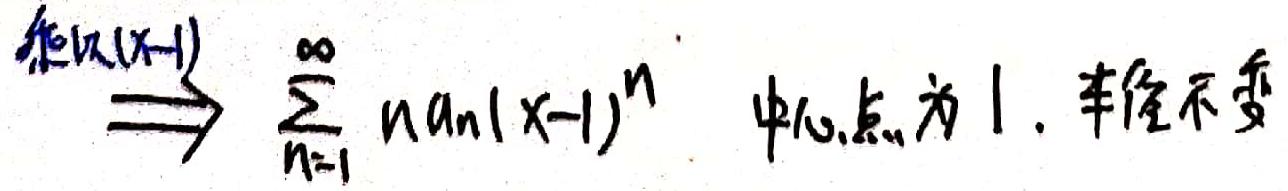
 乘以\( (x - 1) \Rightarrow \sum_{n = 1}^{\infty} n a_n (x - 1)^n  \)中心点为  1.  半径不变